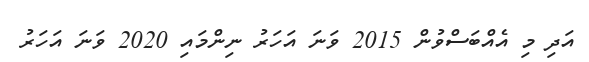
އަދި މި އެއްބަސްވުން 2015 ވަނަ އަހަރު ނިންމައި 2020 ވަނަ އަހަރު